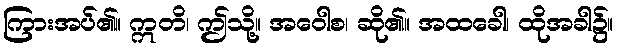
ကြားအပ်၏။ ဣတိ၊ ဤသို့။ အဝေါစ၊ ဆို၏။ အထခေါ၊ ထိုအခါ၌။